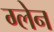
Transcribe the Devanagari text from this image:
ग्‍लेन